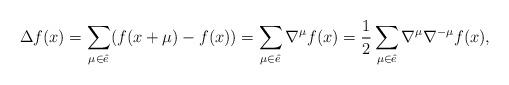
LaTeX: \begin{align*} \Delta f (x) = \sum_{\mu \in \hat{e}} (f(x+ \mu) - f(x)) = \sum_{\mu \in \hat{e}} \nabla^\mu f(x) = \frac12 \sum_{\mu \in \hat{e}} \nabla^\mu \nabla^{-\mu} f(x),\end{align*}